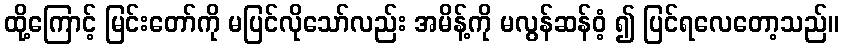
ထို့ကြောင့် မြင်းတော်ကို မပြင်လိုသော်လည်း အမိန့်ကို မလွန်ဆန်ဝံ့ ၍ ပြင်ရလေတော့သည်။